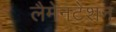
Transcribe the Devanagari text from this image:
लैमेनटेशन